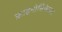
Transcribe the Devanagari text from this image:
फ्राइनोसिफेलस